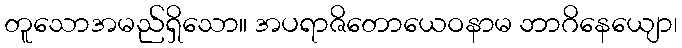
တူသောအမည်ရှိသော။ အပရာဇိတောယေဝနာမ ဘာဂိနေယျော၊